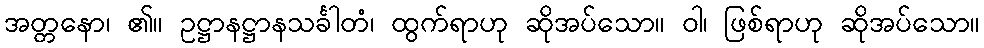
အတ္တနော၊ ၏။ ဥဋ္ဌာနဋ္ဌာနသင်္ခါတံ၊ ထွက်ရာဟု ဆိုအပ်သော။ ဝါ၊ ဖြစ်ရာဟု ဆိုအပ်သော။